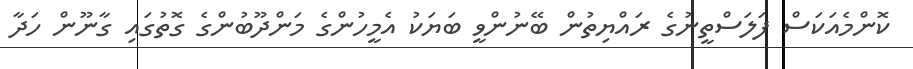
ކޮންމެއަކަސް ފަލަސްތީނުގެ ރައްޔިތުން ބޭނުންވީ ބަޔަކު އެމީހުންގެ މަންދޫބުންގެ ގޮތުގައި ގާނޫން ހަދާ